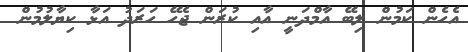
އެހެން ކަމުން ލިބޭ އާމްދަނީ އާއި ކުރަން ޖެހޭ ހަރަދު އަޅާ ކިޔާލުމުން